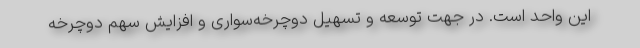
این واحد است. در جهت توسعه و تسهیل دوچرخه‌سواری و افزایش سهم دوچرخه